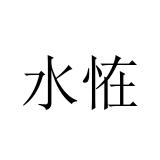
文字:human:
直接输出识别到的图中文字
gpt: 水恠